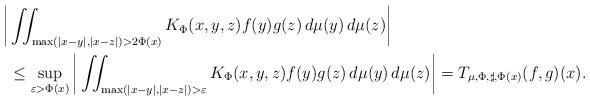
LaTeX: \begin{align*}\bigg|& \iint_{\max(|x-y|, |x-z|) > 2\Phi(x)} K_{\Phi}(x,y,z) f(y) g(z)\,d\mu(y)\,d\mu(z) \bigg| \\&\le \sup_{\varepsilon > \Phi(x)} \bigg| \iint_{\max(|x-y|, |x-z|) > \varepsilon} K_{\Phi}(x,y,z) f(y) g(z)\,d\mu(y)\,d\mu(z) \bigg| = T_{\mu, \Phi, \sharp, \Phi(x)}(f,g)(x).\end{align*}